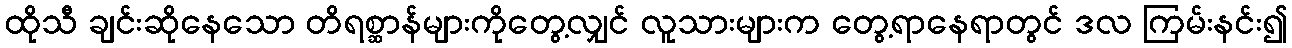
ထိုသီ ချင်းဆိုနေသော တိရစ္ဆာန်များကိုတွေ့လျှင် လူသားများက တွေ့ရာနေရာတွင် ဒလ ကြမ်းနင်း၍